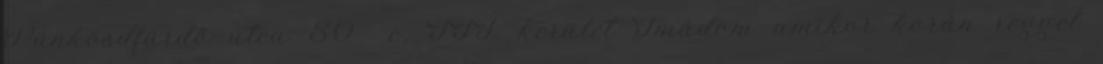
Pünkösdfürdő utca 50 c, III. kerület Imádom amikor korán reggel